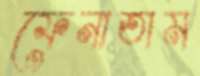
ফেনাতাম